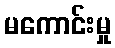
မကောင်းမှု